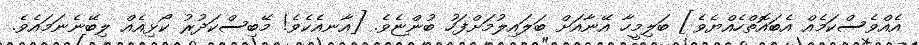
އެއްވެސްކަމެއް އެބައޮތްހެއްޔެވެ] ބަލިމީހާ އޭނާއަށް ބަލައިލުމަށްފަހު ބުންޏެވެ. [އާނއެކެވެ! މޭބިސްކަދުރު ކޯޅިއެއް ލިބޭނެނަމައެވެ.